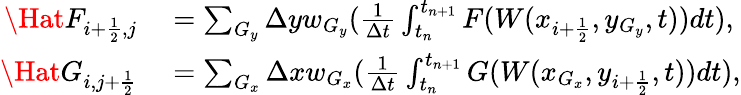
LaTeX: \begin{array}{rl}{\Hat F_{i+\frac{1}{2},j}}&{{}=\sum_{G_{y}}\Delta yw_{G_{y}}(\frac{1}{\Delta t}\int_{t_{n}}^{t_{n+1}}F(W(x_{i+\frac{1}{2}},y_{G_{y}},t))dt),}\\ {\Hat G_{i,j+\frac{1}{2}}}&{{}=\sum_{G_{x}}\Delta xw_{G_{x}}(\frac{1}{\Delta t}\int_{t_{n}}^{t_{n+1}}G(W(x_{G_{x}},y_{i+\frac{1}{2}},t))dt),}\end{array}